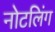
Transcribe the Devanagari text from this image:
नोटलिंग